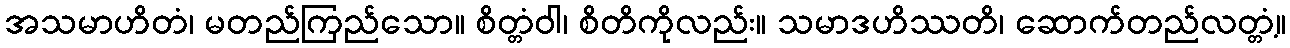
အသမာဟိတံ၊ မတည်ကြည်သော။ စိတ္တံဝါ၊ စိတိကိုလည်း။ သမာဒဟိဿတိ၊ ဆောက်တည်လတ္တံ့။